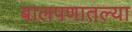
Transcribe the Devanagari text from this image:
बालपणातल्या